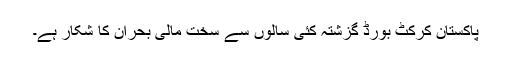
پاکستان کرکٹ بورڈ گزشتہ کئی سالوں سے سخت مالی بحران کا شکار ہے۔